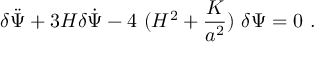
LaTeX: \delta \ddot { \Psi } + 3 H \delta \dot { \Psi } - 4 ~ ( H ^ { 2 } + \frac { K } { a ^ { 2 } } ) ~ \delta \Psi = 0 \ .